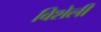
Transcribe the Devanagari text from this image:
विशेली